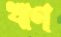
ঋণ